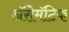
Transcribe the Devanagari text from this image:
अॅरोमॅटिक